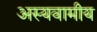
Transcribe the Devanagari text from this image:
अस्यवामीय